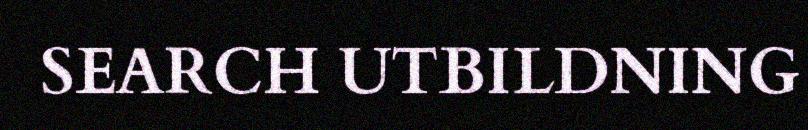
SEARCH UTBILDNING